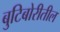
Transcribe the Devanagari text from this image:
बुटिबोरीतील